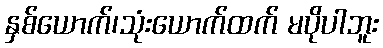
နှစ်ယောက်၊သုံးယောက်ထက် မပိုပါဘူး